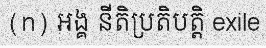
(n) អង្គ នីតិប្រតិបត្តិ exile